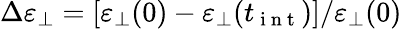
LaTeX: \Delta\varepsilon_{\perp}=[\varepsilon_{\perp}(0)-\varepsilon_{\perp}(t_{\mathrm{~i~n~t~}})]/\varepsilon_{\perp}(0)